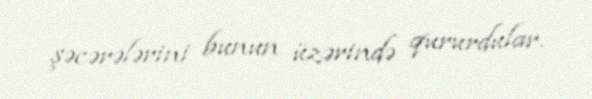
şəcərələrini bunun üzərində qururdular.